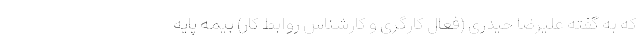
که به گفته علیرضا حیدری (فعال کارگری و کارشناس روابط کار) بیمه پایه